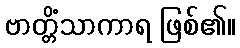
ဗာတ္တိံသာကာရ ဖြစ်၏။